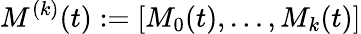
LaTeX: M^{(k)}(t):=\left[M_{0}(t),\ldots,M_{k}(t)\right]